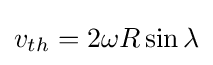
v_{th}=2\omega R\sin \lambda